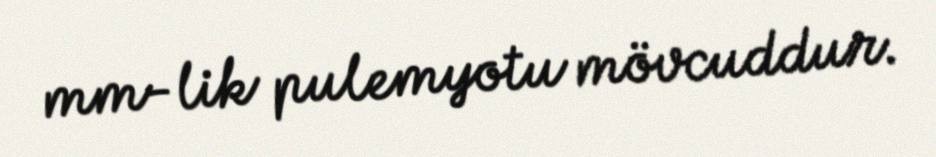
mm-lik pulemyotu mövcuddur.